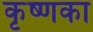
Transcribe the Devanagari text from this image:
कृष्णका